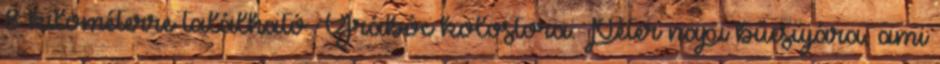
8 kilométerre található Grábóc kolostora. Péter napi búcsújára, ami